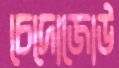
চেদোজোউ